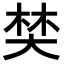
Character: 𡘽